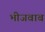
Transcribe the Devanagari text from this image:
भीजवाब